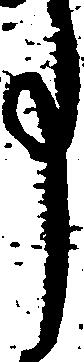
事